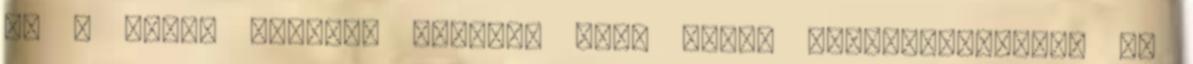
és a nemek közötti sokrétű kap- tikus értelmezéseket, de